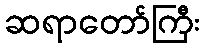
ဆရာတော်ကြီး